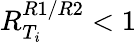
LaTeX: R_{T_{i}}^{R1/R2}<1